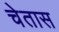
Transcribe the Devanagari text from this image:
चेतास